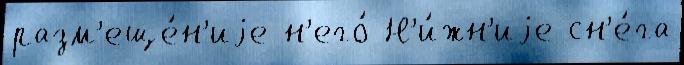
разм'еще́н'иjе н'его́ Н'и́жн'иjе сн'е́га